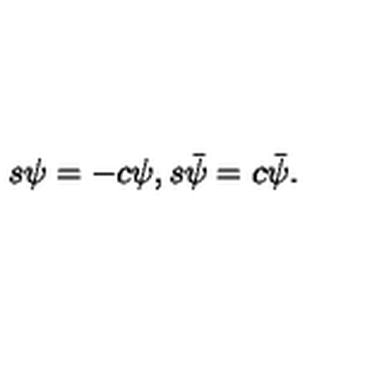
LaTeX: \begin{matrix} { s \psi = - c \psi , } & { s \bar { \psi } = c \bar { \psi } . } \\ \end{matrix}